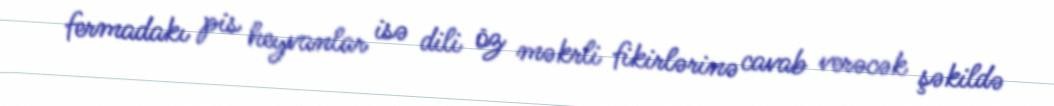
fermadakı pis heyvanlar isə dili öz məkrli fikirlərinə cavab verəcək şəkildə